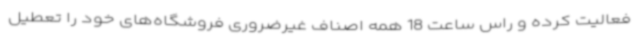
فعالیت کرده و راس ساعت 18 همه اصناف غیرضروری فروشگاه‌های خود را تعطیل